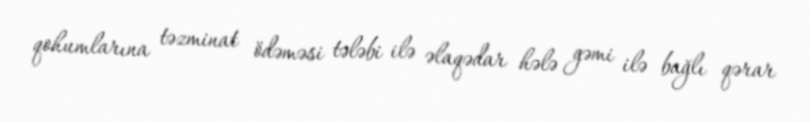
qohumlarına təzminat ödəməsi tələbi ilə əlaqədar hələ gəmi ilə bağlı qərar